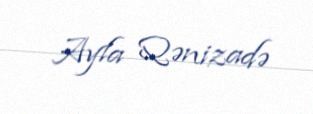
Ayla Qənizadə